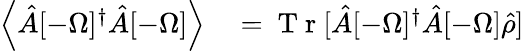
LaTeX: \begin{array}{rl}{\left\langle{\hat{A}[-\Omega]^{\dagger}\hat{A}[-\Omega]}\right\rangle}&{{}=\mathrm{~T~r~}[\hat{A}[-\Omega]^{\dagger}\hat{A}[-\Omega]\hat{\rho}]}\end{array}